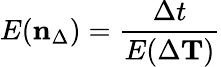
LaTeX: E(\mathbf{n}_{\Delta})=\frac{\Delta t}{E(\Delta\mathbf{T})}